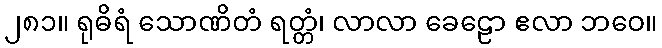
၂၈၁။ ရုဓိရံ သောဏိတံ ရတ္တံ၊ လာလာ ခေဠော ဧလာ ဘဝေ။